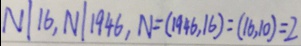
N \vert 1 6 , N \vert 1 9 4 6 , N = ( 1 9 4 6 , 1 6 ) = ( 1 6 , 1 0 ) = 2